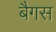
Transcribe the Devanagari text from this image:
बैगस